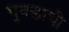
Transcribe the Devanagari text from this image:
घुबडाची